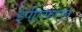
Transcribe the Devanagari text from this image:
ईपीएफएल